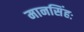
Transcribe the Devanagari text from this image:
मानसिंहः